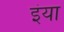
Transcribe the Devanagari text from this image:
इंया